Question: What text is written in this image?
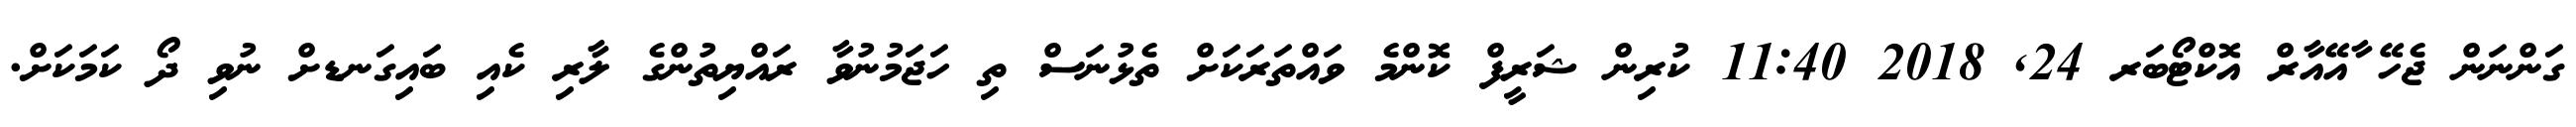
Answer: ގަންނަން ޖެހޭ ާއޭއާރް އޮކްޓޯބަރ 24, 2018 11:40 ކުރިން ޝަރީފް ކޮންމެ ވައްތަރަކަށް ތެޅުނަސް ތި ހަޖަމުނުވާ ރައްޔިތުންގެ ލާރި ކެއި ބައިގަނޑށް ނުވި ދޯ ކަމަކަށް.